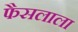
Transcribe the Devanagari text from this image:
फैसलाला